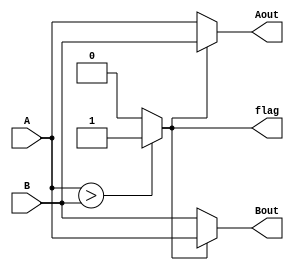
module SwapBG(A,B,Aout,Bout,flag);
input [7:0] A,B;
output [7:0] Aout,Bout;
output flag;

assign flag= (A>B)?1'b1:1'b0;
assign Aout=(flag)?B:A;
assign Bout=(flag)?A:B;

endmodule